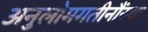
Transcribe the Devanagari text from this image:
अनुलोमगतीनौंस्थः